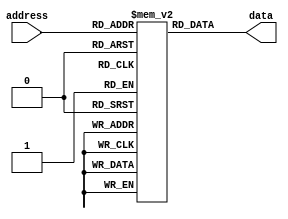
module rom(
    input [3:0] address,
    output reg [7:0] data
);

reg [7:0] rom_data [0:15];

initial begin
    rom_data[0] = 8'b00000000;
    rom_data[1] = 8'b00000001;
    rom_data[2] = 8'b00000010;
    rom_data[3] = 8'b00000011;
    rom_data[4] = 8'b00000100;
    rom_data[5] = 8'b00000101;
    rom_data[6] = 8'b00000110;
    rom_data[7] = 8'b00000111;
    rom_data[8] = 8'b00001000;
    rom_data[9] = 8'b00001001;
    rom_data[10] = 8'b00001010;
    rom_data[11] = 8'b00001011;
    rom_data[12] = 8'b00001100;
    rom_data[13] = 8'b00001101;
    rom_data[14] = 8'b00001110;
    rom_data[15] = 8'b00001111;
end

always @(*) begin
    data = rom_data[address];
end

endmodule